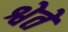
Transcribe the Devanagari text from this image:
श्वेते